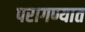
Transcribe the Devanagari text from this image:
परागण्यात